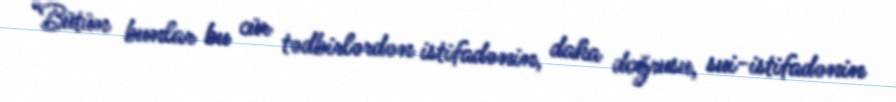
“Bütün bunlar bu cür tədbirlərdən istifadənin, daha doğrusu, sui-istifadənin